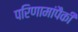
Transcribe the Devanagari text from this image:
परिणामांपैकी